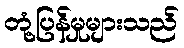
တုံ့ပြန်မှုများသည်